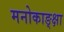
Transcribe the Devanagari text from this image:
मनोकाङ्क्षा